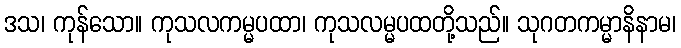
ဒသ၊ ကုန်သော။ ကုသလကမ္မပထာ၊ ကုသလမ္မပထတို့သည်။ သုဂတကမ္မာနိနာမ၊